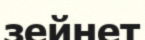
зейнет